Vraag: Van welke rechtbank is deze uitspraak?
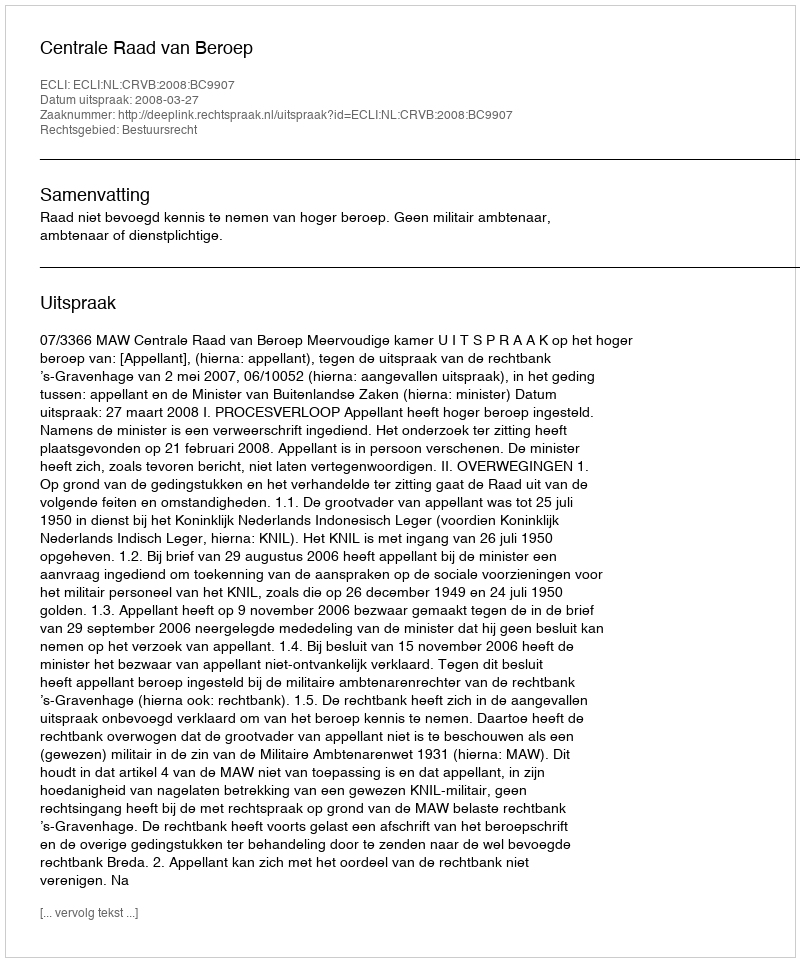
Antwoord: Centrale Raad van Beroep